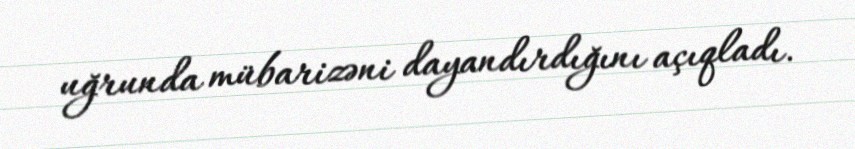
uğrunda mübarizəni dayandırdığını açıqladı.